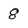
Character: 8